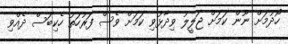
ހޯދުމަށް ނޫން ކަމަށް ޖަލީލު ވިދާޅުވި ކަމަށް ވެސް ފަރުހަތު ހެކިބަސް ދެއްވި